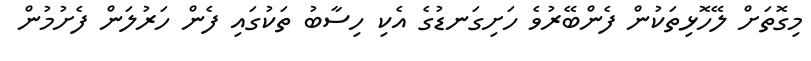
މިގޮތަށް ލޭހޮޅިތަކުން ފެންބޭރުވެ ހަށިގަނޑުގެ އެކި ހިސާބު ތަކުގައި ފެން ހަރުލަން ފެށުމުން